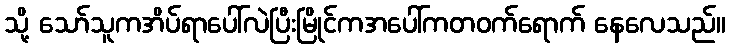
သို့ သော်သူကအိပ်ရာပေါ်လဲပြီးမြိုင်ကအပေါ်ကတဝက်ရောက် နေလေသည်။